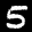
Label: 5